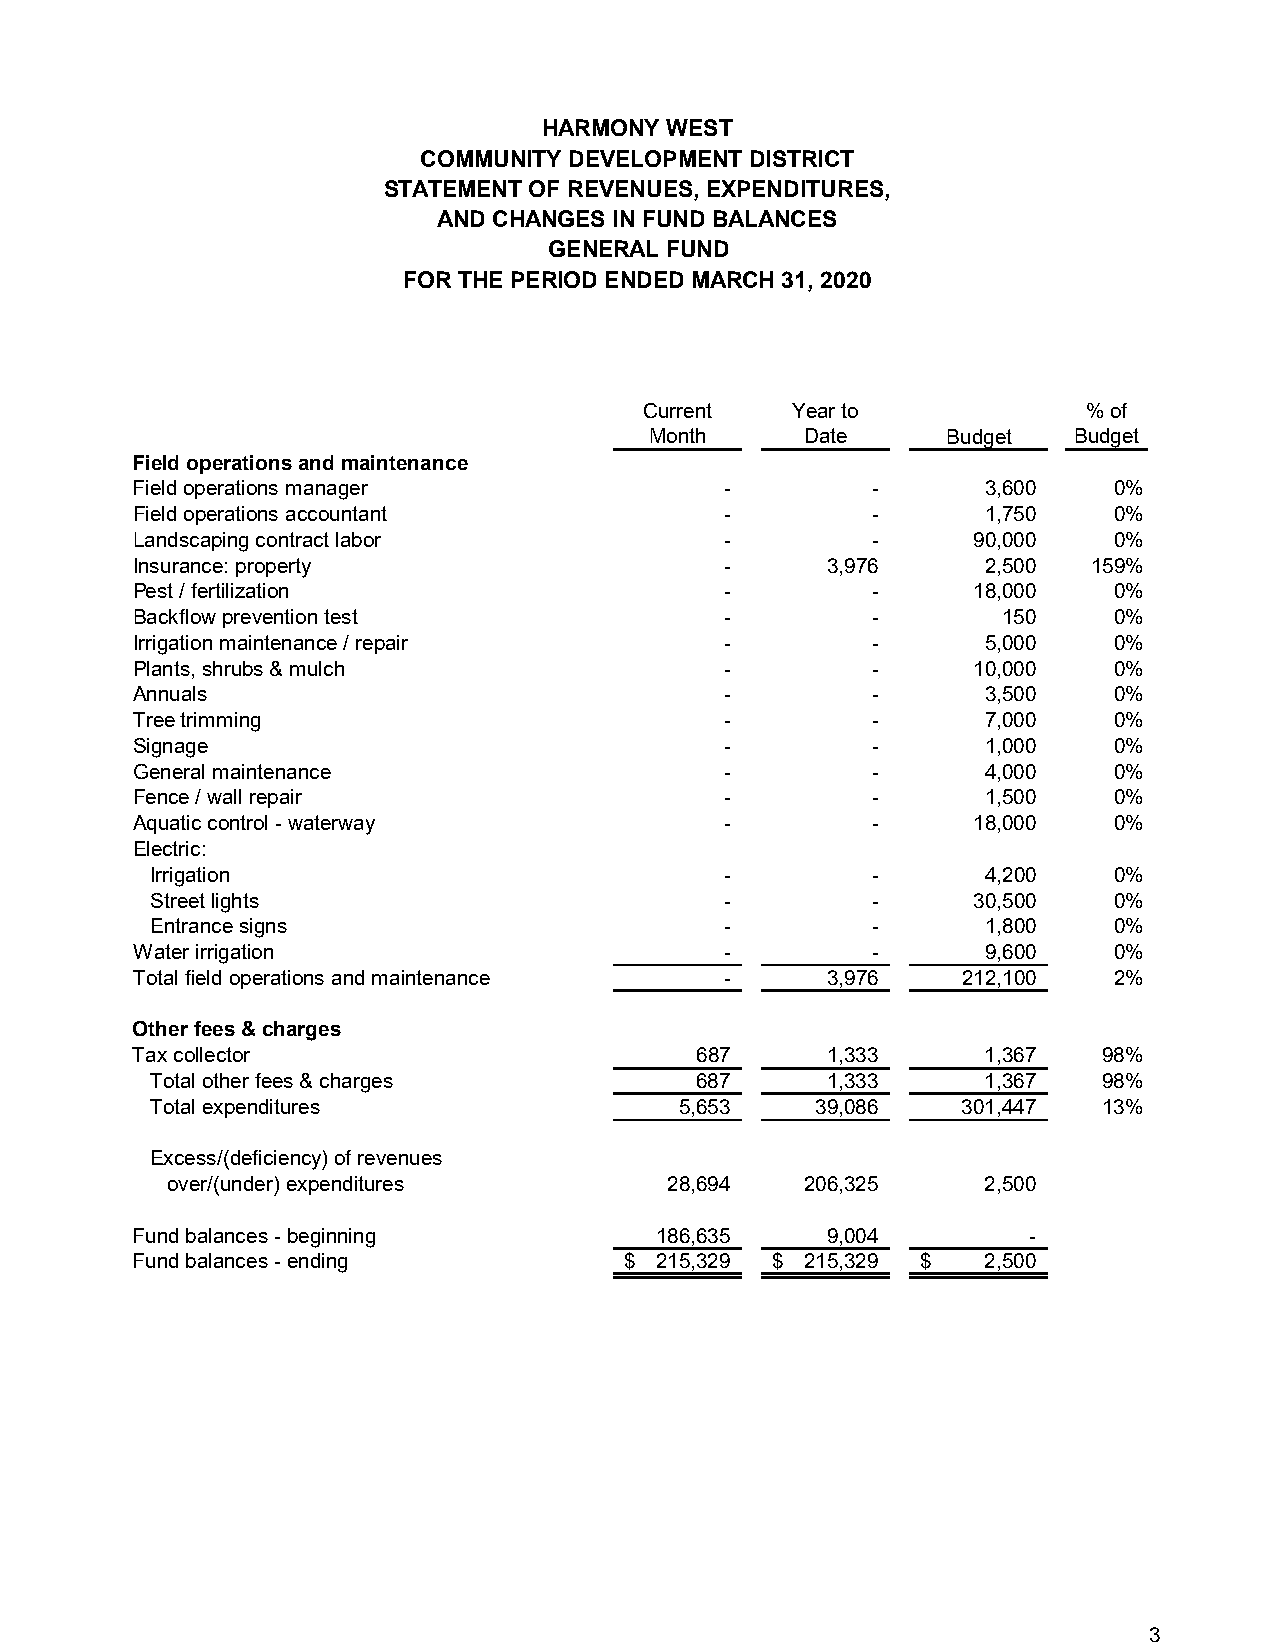
HARMONY WEST
 COMMUNITY DEVELOPMENT DISTRICT
 STATEMENT OF REVENUES, EXPENDITURES,
 AND CHANGES IN FUND BALANCES
 GENERAL FUND
 FOR THE PERIOD ENDED MARCH 31, 2020
 Current  Year to             % of
 Month     Date      Budget  Budget
 Field operations and maintenance
 Field operations manager               -         -      3,600    0%
 Field operations accountant            -         -      1,750    0%
 Landscaping contract labor             -         -     90,000    0%
 Insurance: property                    -      3,976     2,500  159%
 Pest / fertilization                   -         -     18,000    0%
 Backflow prevention test               -         -       150     0%
 Irrigation maintenance / repair        -         -      5,000    0%
 Plants, shrubs & mulch                 -         -     10,000    0%
 Annuals                                -         -      3,500    0%
 Tree trimming                          -         -      7,000    0%
 Signage                                -         -      1,000    0%
 General maintenance                    -         -      4,000    0%
 Fence / wall repair                    -         -      1,500    0%
 Aquatic control - waterway             -         -     18,000    0%
 Electric:
 Irrigation                            -         -      4,200    0%
 Street lights                         -         -     30,500    0%
 Entrance signs                        -         -      1,800    0%
 Water irrigation                       -         -      9,600    0%
 Total field operations and maintenance -      3,976    212,100   2%
 Other fees & charges
 Tax collector                        687      1,333     1,367   98%
 Total other fees & charges          687      1,333     1,367   98%
 Total expenditures                 5,653    39,086    301,447  13%
 Excess/(deficiency) of revenues
 over/(under) expenditures        28,694   206,325     2,500
 Fund balances - beginning         186,635     9,004        -
 Fund balances - ending          $ 215,329 $ 215,329 $   2,500
 3